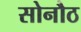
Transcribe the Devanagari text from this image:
सोनौठ